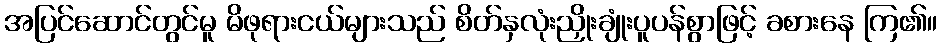
အပြင်ဆောင်တွင်မူ မိဖုရားငယ်များသည် စိတ်နှလုံးညှိုးချုံးပူပန်စွာဖြင့် ခစားနေ ကြ၏။